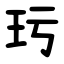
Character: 㺮